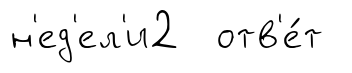
н'ед'ел'и2 отв'е́т